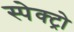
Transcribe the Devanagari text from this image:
स्पेक्ट्रो